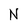
Character: N